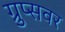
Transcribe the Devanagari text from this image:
ग्रुप्सवर